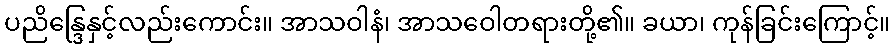
ပညိန္ဒြေနှင့်လည်းကောင်း။ အာသဝါနံ၊ အာသဝေါတရားတို့၏။ ခယာ၊ ကုန်ခြင်းကြောင့်။